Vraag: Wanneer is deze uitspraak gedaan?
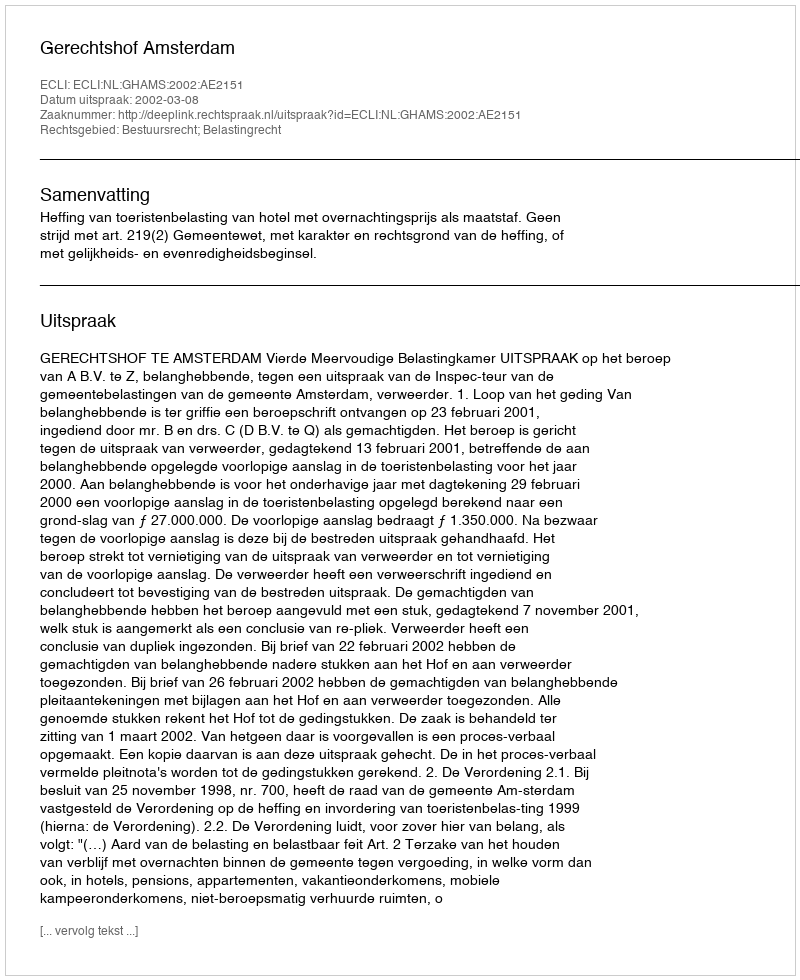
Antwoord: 2002-03-08